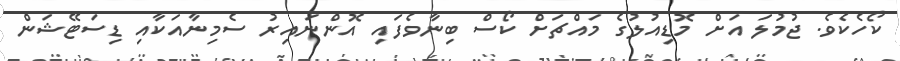
ކޯހެކެވެ. ޖުމުލަ އަށް މޮޑިއުލުގެ މައްޗަށް ކޯސް ބިނާވެފައި އޮންނައިރު ސެމިނާއަކާއި ޑިސަޓޭޝަން